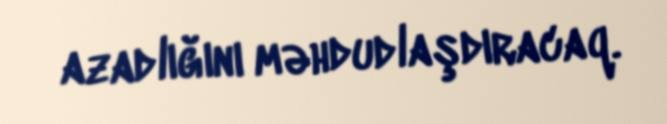
azadlığını məhdudlaşdıracaq.